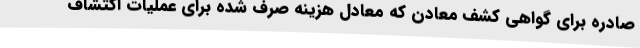
صادره برای گواهی کشف معادن که معادل هزینه صرف شده برای عملیات اکتشاف